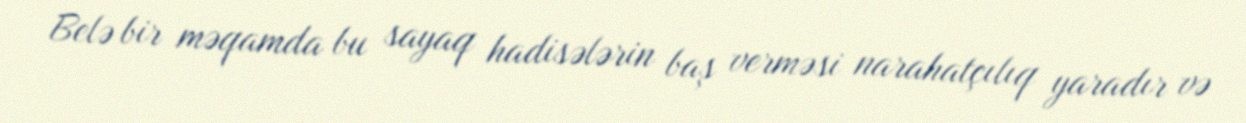
Belə bir məqamda bu sayaq hadisələrin baş verməsi narahatçılıq yaradır və